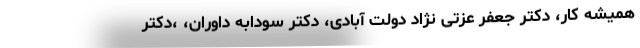
همیشه کار، دکتر جعفر عزتی نژاد دولت آبادی، دکتر سودابه داوران، ،دکتر